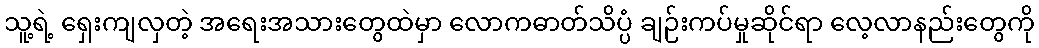
သူ့ရဲ့ ရှေးကျလှတဲ့ အရေးအသားတွေထဲမှာ လောကဓာတ်သိပ္ပံ ချဉ်းကပ်မှုဆိုင်ရာ လေ့လာနည်းတွေကို